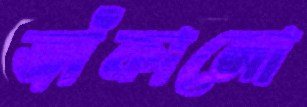
জাঁকালো